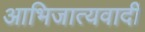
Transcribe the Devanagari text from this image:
आभिजात्यवादी